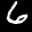
Label: 6